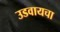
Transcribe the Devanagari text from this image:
उडवायचा